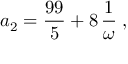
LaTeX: a _ { 2 } = { \displaystyle \frac { 9 9 } { 5 } } + 8 \, { \displaystyle \frac { 1 } { { \omega } } } \; ,